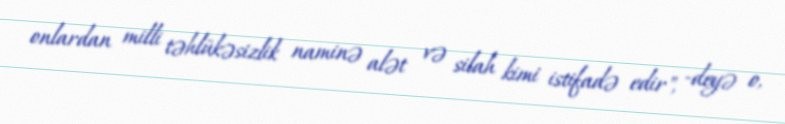
onlardan milli təhlükəsizlik naminə alət və silah kimi istifadə edir", -deyə o,